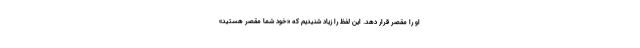
او را مقصر قرار دهد. این لفظ را زیاد شنیدیم که «خود شما مقصر هستید»